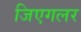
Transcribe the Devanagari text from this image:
जिएगलर